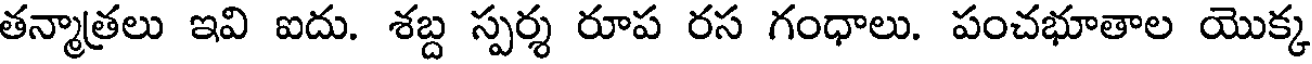
తన్మాత్రలు ఇవి ఐదు. శబ్ద స్పర్శ రూప రస గంధాలు. పంచభూతాల యొక్క